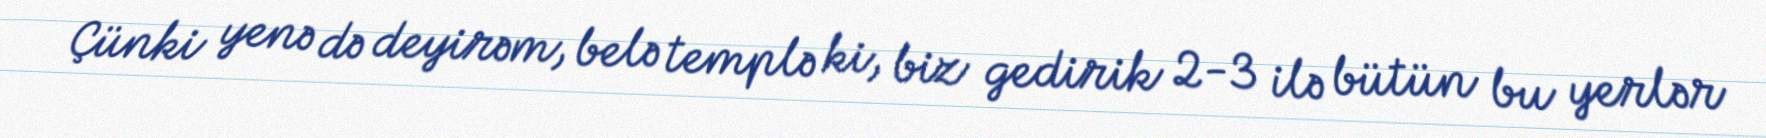
Çünki yenə də deyirəm, belə templə ki, biz gedirik 2-3 ilə bütün bu yerlər